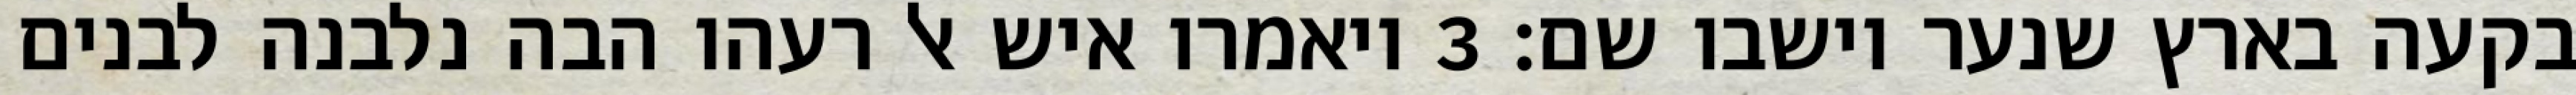
בקעה בארץ שנער וישבו שם׃ ‎3‏ ויאמרו איש אל רעהו הבה נלבנה לבנים